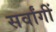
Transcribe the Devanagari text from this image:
सर्वांगीं